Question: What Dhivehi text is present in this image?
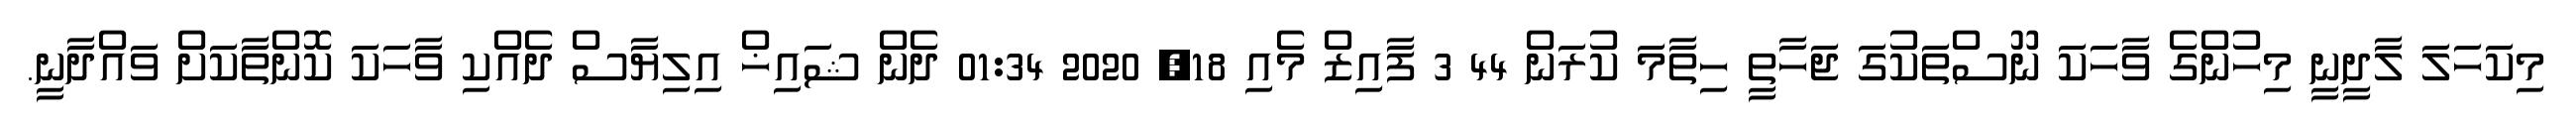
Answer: މިކަހަލަ ލާދީނީ މިހުންގެ ވާހަކަ ނޫސްތަކުގަ ޖަހާތީ ހިތާމަ ކުރަން 44 3 ފާއިޒް މެއި 18, 2020 01:34 ދެން ޝައިޚް އިލިޔާސް ދެއްކި ވާހަކަ ކޮންތާކަށް ވައްދާނީ.